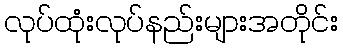
လုပ်ထုံးလုပ်နည်းများအတိုင်း